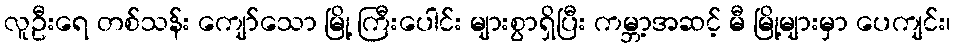
လူဦးရေ တစ်သန်း ကျော်သော မြို့ ကြီးပေါင်း များစွာရှိပြီး ကမ္ဘာ့အဆင့် မီ မြို့များမှာ ပေကျင်း၊